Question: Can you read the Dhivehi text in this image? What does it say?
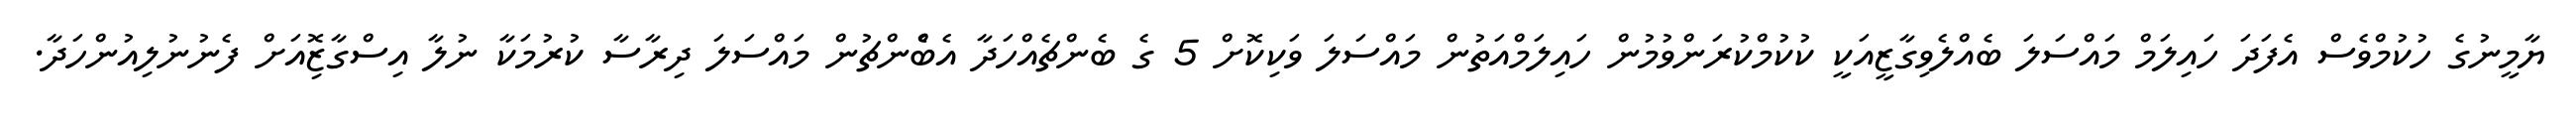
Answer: ޔާމީނުގެ ހުކުމްވެސް އެފަދަ ހައިލަމް މައްސަލަ ބެއްލެވިގާޒީއަކީ ކުކުމްކުރަންވުމުން ހައިލަމްއަތުން މައްސަލަ ވަކިކޮށް 5 ގެ ބެންޗެއްހަދާ އެބްެންޗުން މައްސަލަ ދިރާސާ ކުރުމަކާ ނުލާ އިސްގާޒޮިއަށް ފެނުނުލިއުންހަދާ.